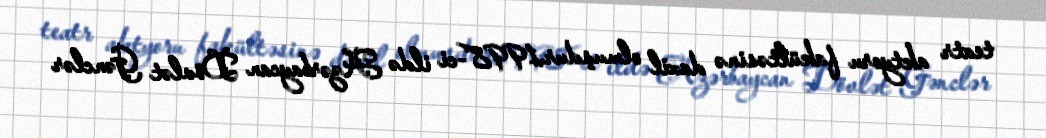
teatr aktyoru fakültəsinə daxil olmuşdur.1998-ci ildə Azərbaycan Dövlət Gənclər